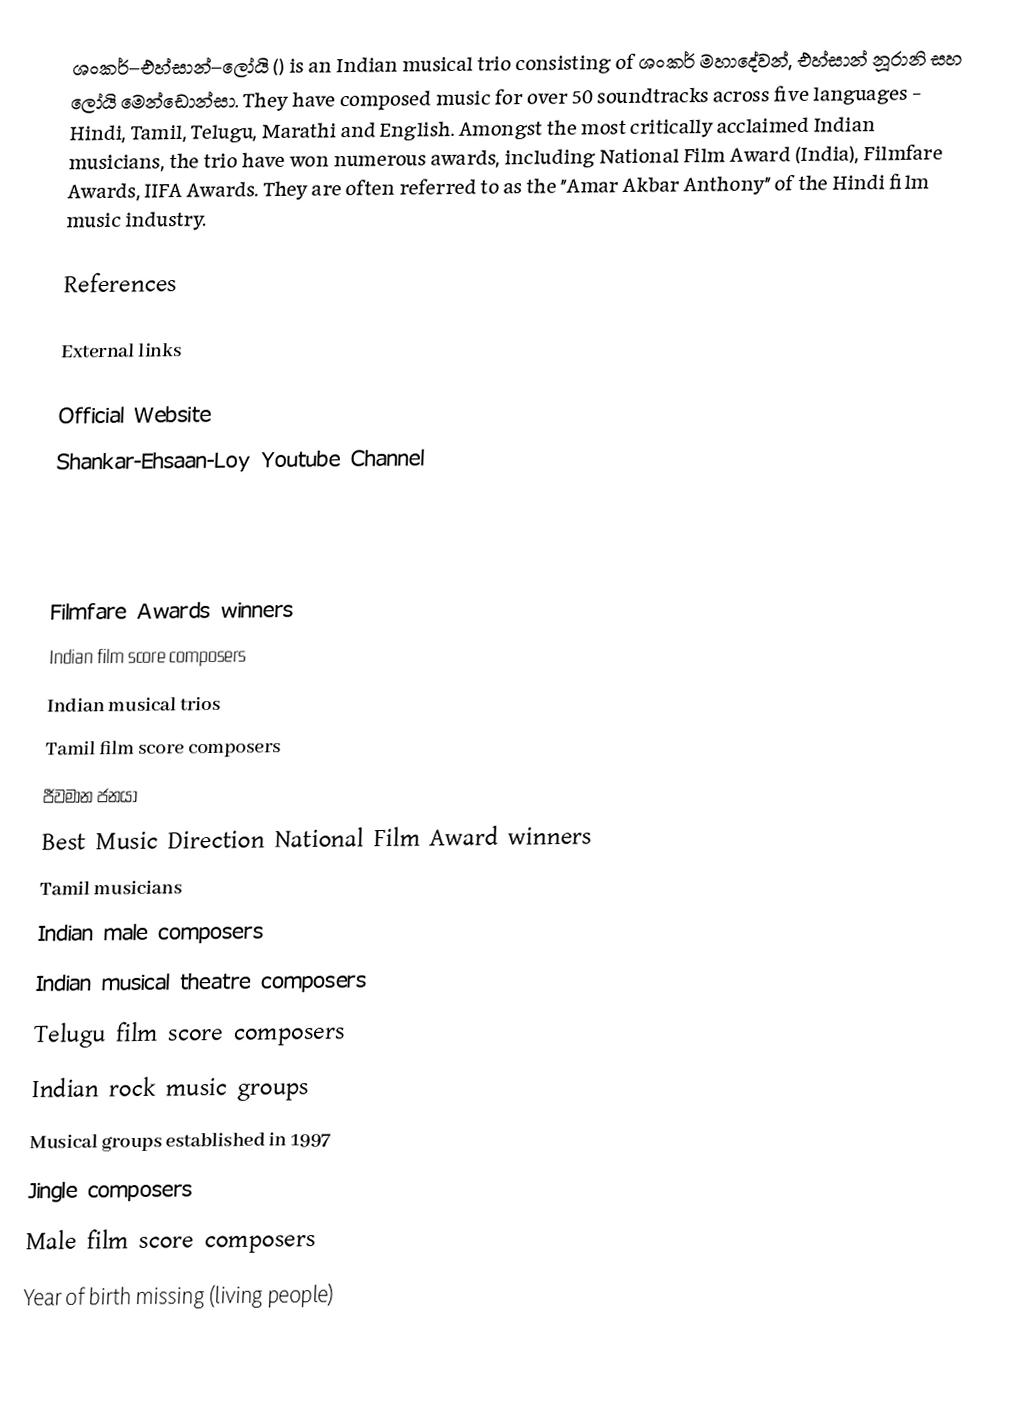
ශංකර්–එහ්සාන්–ලෝයි () is an Indian musical trio consisting of ශංකර් මහාදේවන්, එහ්සාන් නූරානි සහ ලෝයි මෙන්ඩොන්සා. They have composed music for over 50 soundtracks across five languages - Hindi, Tamil, Telugu, Marathi and English.  Amongst the most critically acclaimed Indian musicians, the trio have won numerous awards, including National Film Award (India), Filmfare Awards, IIFA Awards. They are often referred to as the "Amar Akbar Anthony" of the Hindi film music industry.

References

External links

 Official Website
 Shankar-Ehsaan-Loy Youtube Channel

Filmfare Awards winners
Indian film score composers
Indian musical trios
Tamil film score composers
ජීවමාන ජනයා
Best Music Direction National Film Award winners
Tamil musicians
Indian male composers
Indian musical theatre composers
Telugu film score composers
Indian rock music groups
Musical groups established in 1997
Jingle composers
Male film score composers
Year of birth missing (living people)